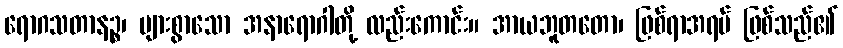
ရောဂသတာနဉ္စ၊ များစွာသော အနာရောဂါတို့ လည်းကောင်း။ အာယဘူတတော၊ ဖြစ်ရာအရပ် ဖြစ်သည်၏